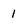
Character: 1